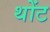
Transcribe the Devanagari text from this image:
थोंट